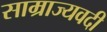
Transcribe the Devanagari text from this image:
साम्राज्यवदी